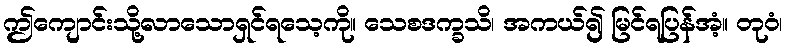
ဤကျောင်းသို့လာသောရှင်ရသေ့ကို။ သေစဒက္ခသိ၊ အကယ်၍ မြင်ရပြန်အံ့။ တုဝံ၊